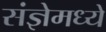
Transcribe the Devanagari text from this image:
संज्ञेमध्ये